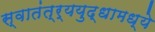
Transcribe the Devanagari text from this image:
स्वातंत्र्ययुद्धामध्ये